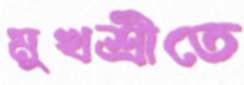
মুখশ্রীতে